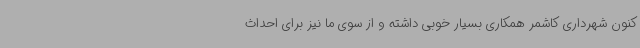
کنون شهرداری کاشمر همکاری بسیار خوبی داشته و از سوی ما نیز برای احداث